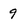
Character: 9